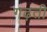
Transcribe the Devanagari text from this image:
गढ़ती